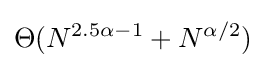
\Theta (N^{2.5\alpha -1}+N^{\alpha /2})